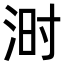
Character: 𪶄